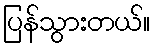
ပြန်သွားတယ်။